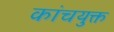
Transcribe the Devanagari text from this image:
कांचयुक्त